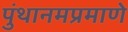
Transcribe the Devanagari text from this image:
पुंथानमप्रमाणे